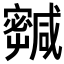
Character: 𡫹